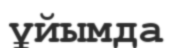
ұйымда